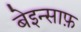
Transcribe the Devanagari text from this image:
बेइन्साफ़